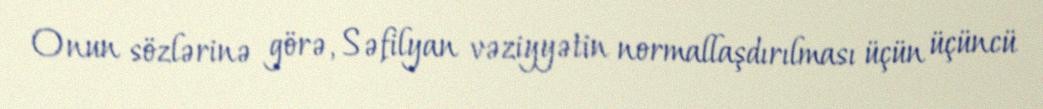
Onun sözlərinə görə, Səfilyan vəziyyətin normallaşdırılması üçün üçüncü